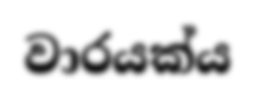
වාරයක්ය